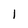
Character: 1